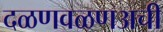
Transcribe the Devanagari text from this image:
दळणवळणअची